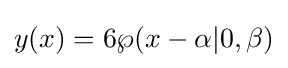
y(x)=6\wp (x-\alpha |0,\beta )